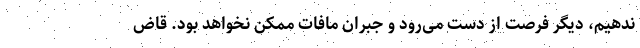
ندهیم، دیگر فرصت از دست می‌رود و جبران مافات ممکن نخواهد بود. قاض